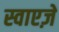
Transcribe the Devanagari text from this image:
स्वाएज़े